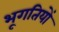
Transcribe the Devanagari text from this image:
भूगतियों